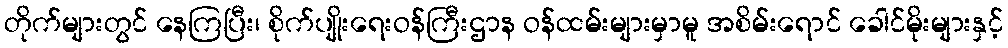
တိုက်များတွင် နေကြပြီး၊ စိုက်ပျိုးရေးဝန်ကြီးဌာန ဝန်ထမ်းများမှာမူ အစိမ်းရောင် ခေါင်မိုးများနှင့်